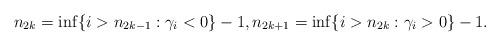
LaTeX: \begin{align*}n_{2k}=\inf\{i> n_{2k-1}: \gamma_i<0\}-1, n_{2k+1}=\inf\{i>n_{2k}: \gamma_i>0\}-1.\end{align*}